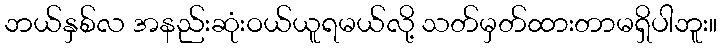
ဘယ်နှစ်လ အနည်းဆုံးဝယ်ယူရမယ်လို့ သတ်မှတ်ထားတာမရှိပါဘူး။